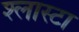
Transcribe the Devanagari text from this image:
श्लास्टा